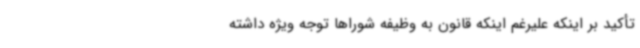
تأکید بر اینکه علیرغم اینکه قانون به وظیفه شوراها توجه ویژه داشته